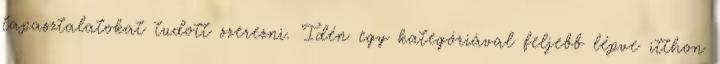
tapasztalatokat tudott szerezni. Idén egy kategóriával feljebb lépve itthon